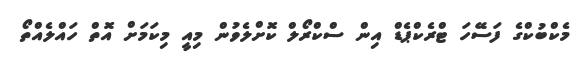
މެކްބުކްގެ ފަސޭހަ ޓްރެކްޕެޑް އިން ސްކްރޯލް ކޮށްލެވުން މިއީ މިކަމަށް އޮތް ހައްލެއްތޯ